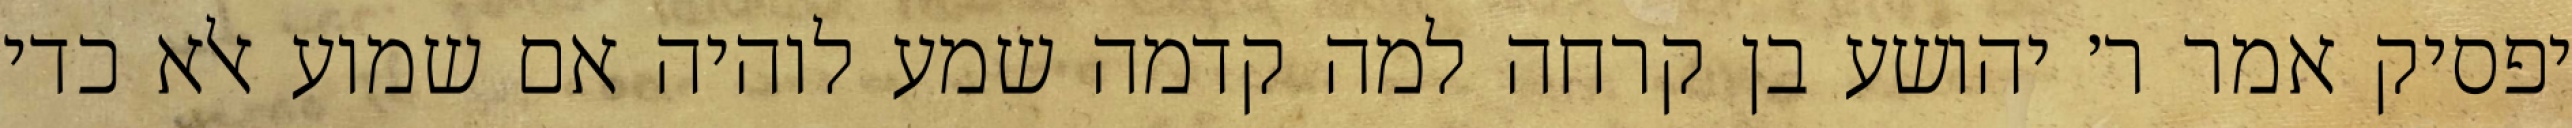
יפסיק אמר ר׳ יהושע בן קרחה למה קדמה שמע לוהיה אם שמוע אלא כדי